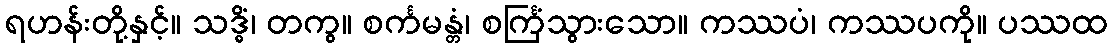
ရဟန်းတို့နှင့်။ သဒ္ဓိံ၊ တကွ။ စင်္ကမန္တံ၊ စင်္ကြံသွားသော။ ကဿပံ၊ ကဿပကို။ ပဿထ